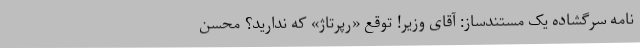
نامه سرگشاده یک مستندساز: آقای وزیر! توقع «رپرتاژ» که ندارید؟ محسن